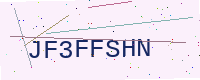
Text: JF3FFSHN